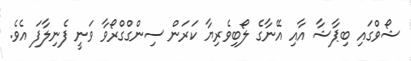
ޝޯވްގައި ބިޕާޝާ އާއި އޭނާގެ ލޯބިވެރިޔާ ކަރަން ސިންގްގްރޯވާ ވަނީ ފެނިލާފަ އެވެ.